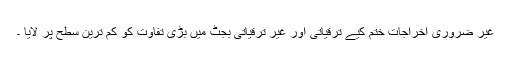
غیر ضروری اخراجات ختم کیے ترقیاتی اور غیر ترقیاتی بجٹ میں بڑی تفاوت کو کم ترین سطح پر لایا ۔